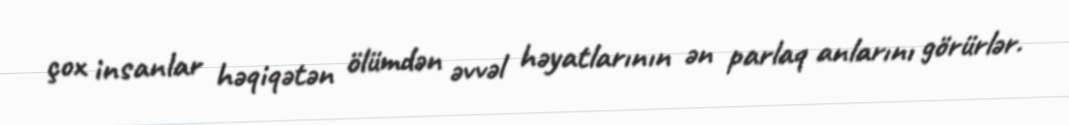
çox insanlar həqiqətən ölümdən əvvəl həyatlarının ən parlaq anlarını görürlər.